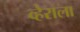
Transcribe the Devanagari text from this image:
व्हेराला